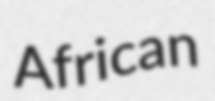
African